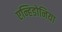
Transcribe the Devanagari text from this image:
एन्हिडोनिया